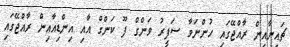
ޗައިނާއިން ރާއްޖޭގައި ހުންނަވާ ސަފީރު ވަންގް ފޫ ކަންގް އާއި އިންޑިއާއިން ރާއްޖޭގައި